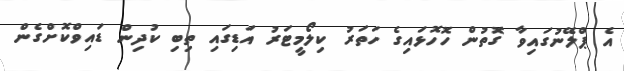
އެ ޕްލޭނުގައިވާ ގޮތުން ހޮހޮޅައިގެ ހަތަރު ކިލޯމީޓަރު އަޑިގައި ތިބި ކުދިން ޑައިވްކޮށްގެން